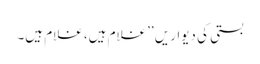
بستی کی دیواریں ’’غلام ہیں، غلام ہیں۔